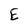
Character: E